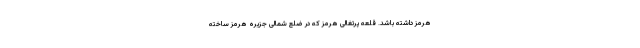
هرمز داشته باشد. قلعه پرتغالی هرمز که در ضلع شمالی جزیره هرمز ساخته